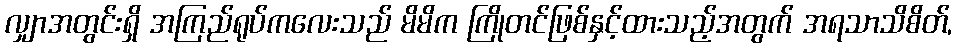
လျှာအတွင်းရှိ အကြည်ရုပ်ကလေးသည် မိမိက ကြိုတင်ဖြစ်နှင့်ထားသည့်အတွက် အရသာသိစိတ်,